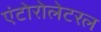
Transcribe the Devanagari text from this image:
एंटोरोलेटरल